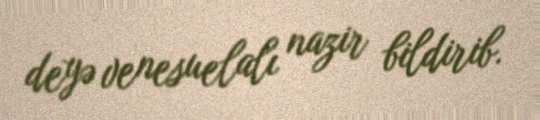
deyə venesuelalı nazir bildirib.